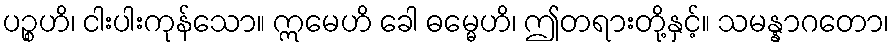
ပဉ္စဟိ၊ ငါးပါးကုန်သော။ ဣမေဟိ ခေါ ဓမ္မေဟိ၊ ဤတရားတို့နှင့်။ သမန္နာဂတော၊